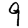
Digit: 9